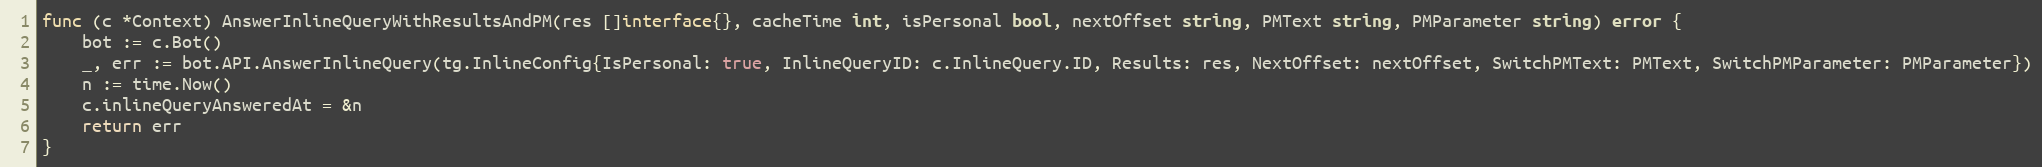
Language: Go
func (c *Context) AnswerInlineQueryWithResultsAndPM(res []interface{}, cacheTime int, isPersonal bool, nextOffset string, PMText string, PMParameter string) error {
	bot := c.Bot()
	_, err := bot.API.AnswerInlineQuery(tg.InlineConfig{IsPersonal: true, InlineQueryID: c.InlineQuery.ID, Results: res, NextOffset: nextOffset, SwitchPMText: PMText, SwitchPMParameter: PMParameter})
	n := time.Now()
	c.inlineQueryAnsweredAt = &n
	return err
}